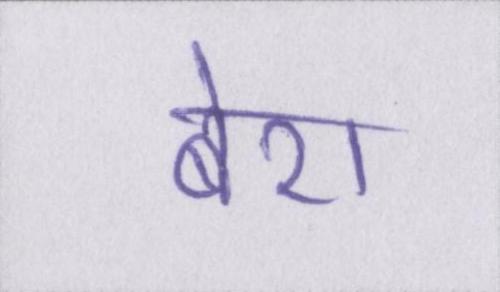
बेरा